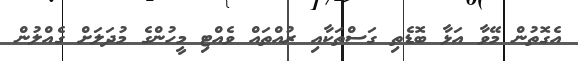
އެގޮތުން މޭވާ އަޅާ ބޮޑެތި ގަސްތަކާއި ރުއްތައް ވެއްޓި މީހުންގެ މުދަލަށް ގެއްލުން